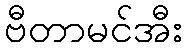
ဗီတာမင်အီး